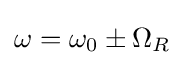
\omega =\omega _{0}\pm \Omega _{R}